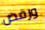
ورفض